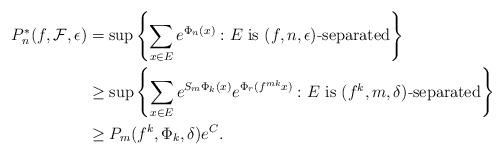
LaTeX: \begin{align*}P_n^*(f, \mathcal{F}, \epsilon)&= \sup \left\{ \sum_{x \in E} e^{\Phi_n(x)} : E \mbox{ is $(f, n, \epsilon)$-separated}\right\}\\&\geq \sup \left\{ \sum_{x \in E} e^{S_m \Phi_k(x)} e^{\Phi_r(f^{mk}x)} : E \mbox{ is $(f^k, m,\delta)$-separated} \right\}\\&\geq P_m(f^k, \Phi_k, \delta) e^C.\end{align*}